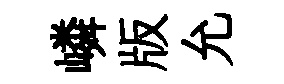
嶙版允